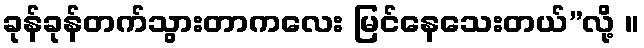
ခုန်ခုန်တက်သွားတာကလေး မြင်နေသေးတယ်”လို့ ။